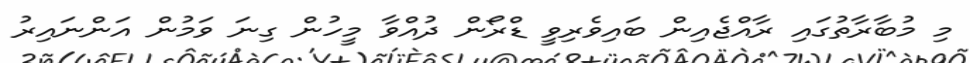
މި މުބާރާތުގައި ރާއްޖެއިން ބައިވެރިވީ ޑްރޯން ދުއްވާ މީހުން ގިނަ ވަމުން އަންނައިރު